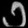
Digit: ၁